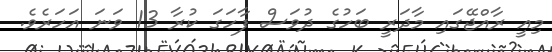
މިއީ ރާއްޖޭގައި މާދަރީ ބަހުގެ ދުވަސް ފާހަގަ ކުރާ 13 ވަނަ އަހަރެވެ.